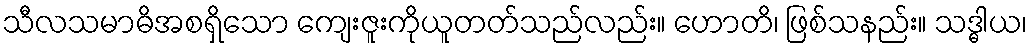
သီလသမာဓိအစရှိသော ကျေးဇူးကိုယူတတ်သည်လည်း။ ဟောတိ၊ ဖြစ်သနည်း။ သဒ္ဓါယ၊